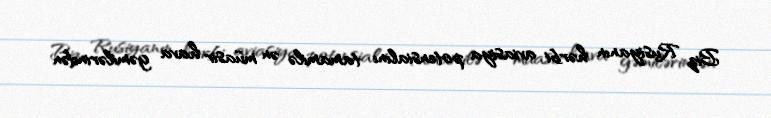
Biz Rusiyanın hərbi aviasiya potensialını tamamilə ən müasir hava gəmilərindən